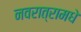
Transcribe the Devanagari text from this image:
नवरात्रामधे